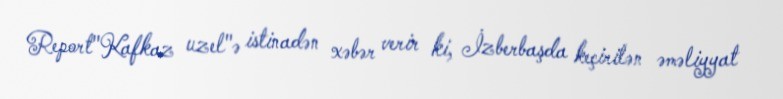
Report"Kafkaz uzel"ə istinadən xəbər verir ki, İzberbaşda keçirilən əməliyyat